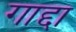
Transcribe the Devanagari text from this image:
गाद्दा